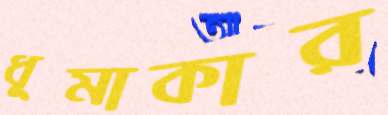
ধূমাকার